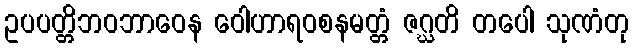
ဥပပတ္တိဘဝဘာဝေန ဝေါဟာရဝစနမတ္တံ ဇဂ္ဃတိ တပေါ သုဏံတု